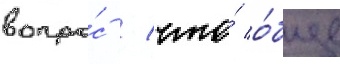
вопро́с / что́ о́бще